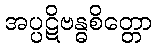
အပ္ပဋိဗန္ဓစိတ္တော